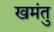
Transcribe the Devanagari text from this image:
खमंतु